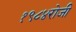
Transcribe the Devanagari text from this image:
१९८४रोजी